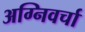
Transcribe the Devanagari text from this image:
अग्निवर्चा